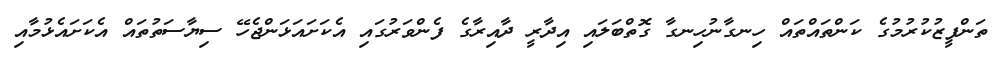
ތަންފީޒުކުރުމުގެ ކަންތައްތައް ހިނގާނުހިނގާ ގޮތްބަލައި އިދާރީ ދާއިރާގެ ފެންވަރުގައި އެކަށައަޅަންޖެހޭ ސިޔާސަތުތައް އެކަށައެޅުމާއި